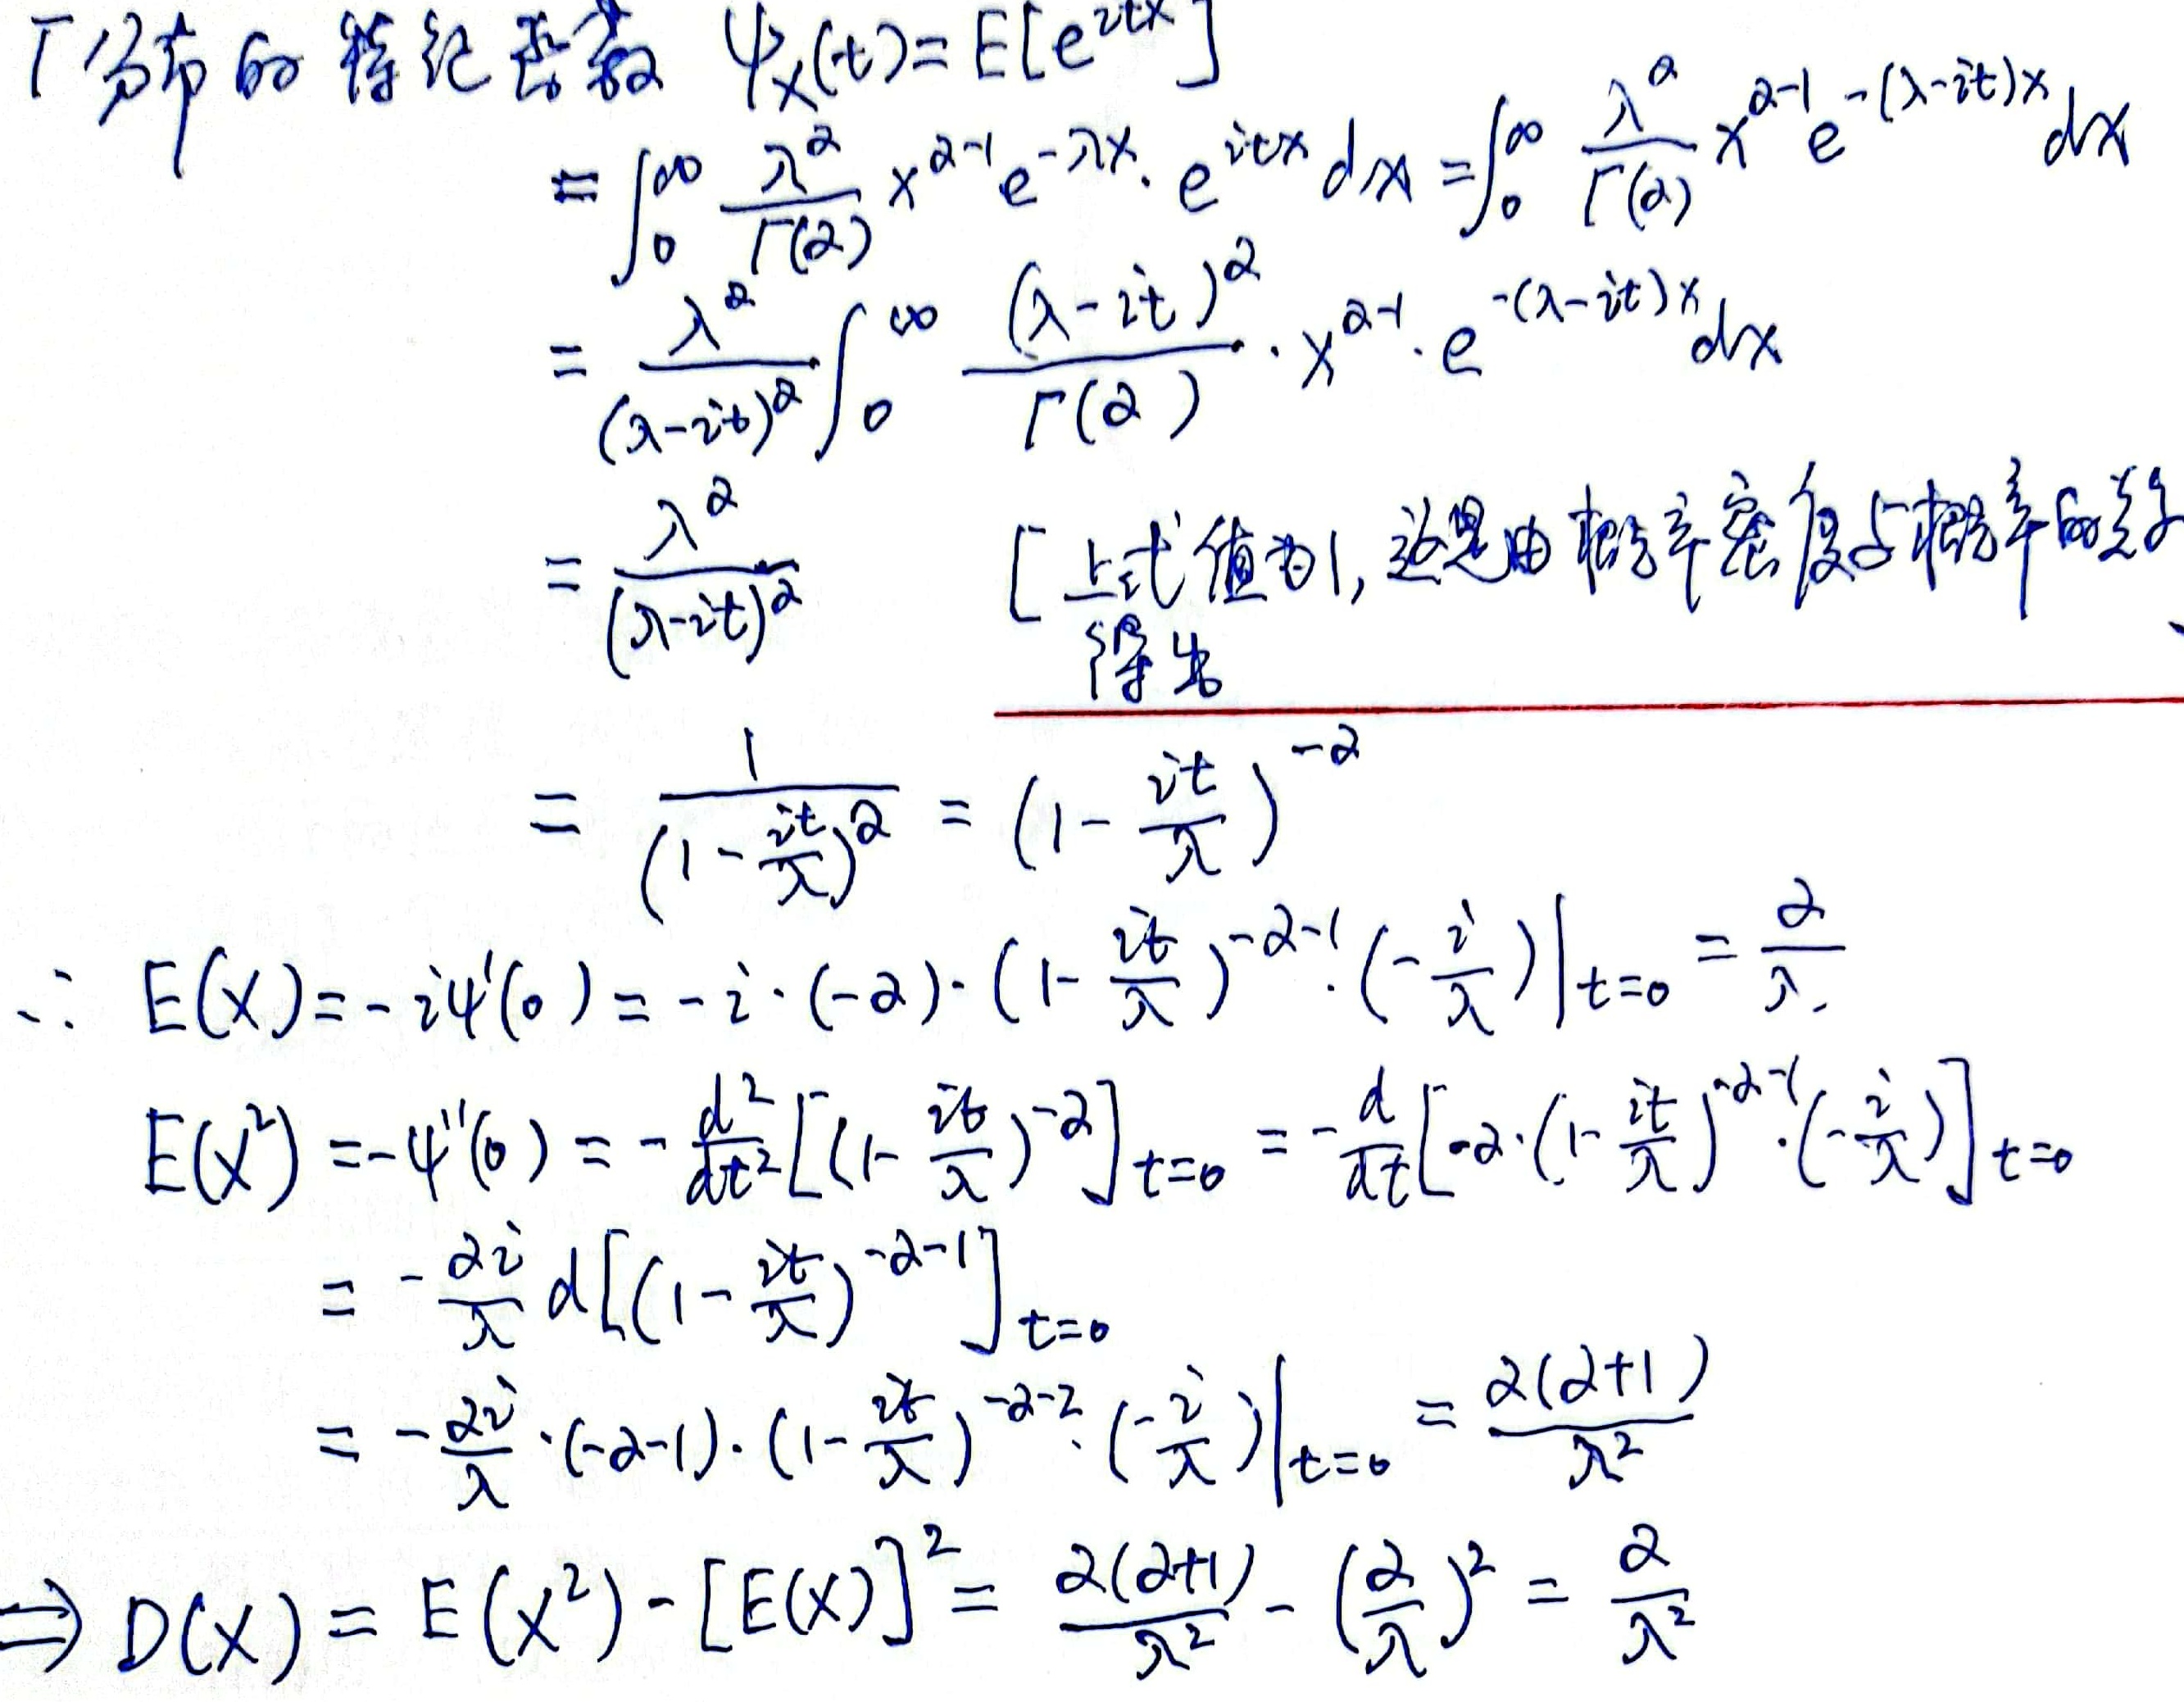
$\Gamma$分布的特征函数$\psi_X(t)=\mathbb{E}[e^{itX}]$。

\[
\begin{align*}
\psi_X(t)&=\int_{0}^{\infty}\frac{\lambda^{\alpha}}{\Gamma(\alpha)}x^{\alpha - 1}e^{-\lambda x}\cdot e^{itx}dx\\
&=\int_{0}^{\infty}\frac{\lambda^{\alpha}}{\Gamma(\alpha)}x^{\alpha - 1}e^{-(\lambda - it)x}dx\\
&=\frac{\lambda^{\alpha}}{(\lambda - it)^{\alpha}}\int_{0}^{\infty}\frac{(\lambda - it)^{\alpha}}{\Gamma(\alpha)}\cdot x^{\alpha - 1}\cdot e^{-(\lambda - it)x}dx\\
&=\frac{\lambda^{\alpha}}{(\lambda - it)^{\alpha}}\quad[\text{上式值为}1,\text{这是由概率密度与概率的关系得出}]\\
&=\frac{1}{(1-\frac{it}{\lambda})^{\alpha}}=(1 - \frac{it}{\lambda})^{-\alpha}
\end{align*}
\]

\(\therefore\mathbb{E}(X)=-i\psi^\prime(0)=-i\cdot(-\alpha)\cdot(1 - \frac{it}{\lambda})^{-\alpha - 1}\cdot(-\frac{i}{\lambda})\big|_{t = 0}=\frac{\alpha}{\lambda}\)

\[
\begin{align*}
\mathbb{E}(X^{2})&=-\psi^{\prime\prime}(0)=-\frac{d^{2}}{dt^{2}}[(1 - \frac{it}{\lambda})^{-\alpha}]_{t = 0}\\
&=-\frac{d}{dt}[-\alpha\cdot(1 - \frac{it}{\lambda})^{-\alpha - 1}\cdot(-\frac{i}{\lambda})]_{t = 0}\\
&=-\frac{\alpha i}{\lambda}\frac{d}{dt}[(1 - \frac{it}{\lambda})^{-\alpha - 1}]_{t = 0}\\
&=-\frac{\alpha i}{\lambda}\cdot(-\alpha - 1)\cdot(1 - \frac{it}{\lambda})^{-\alpha - 2}\cdot(-\frac{i}{\lambda})\big|_{t = 0}=\frac{\alpha(\alpha + 1)}{\lambda^{2}}
\end{align*}
\]

\(\Rightarrow D(X)=\mathbb{E}(X^{2})-[\mathbb{E}(X)]^{2}=\frac{\alpha(\alpha + 1)}{\lambda^{2}}-(\frac{\alpha}{\lambda})^{2}=\frac{\alpha}{\lambda^{2}}\)